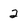
Character: 2